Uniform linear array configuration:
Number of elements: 64
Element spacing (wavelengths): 0.75
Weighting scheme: hann
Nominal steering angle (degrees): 60
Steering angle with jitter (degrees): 58.117
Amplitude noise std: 0.05
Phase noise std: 0.05

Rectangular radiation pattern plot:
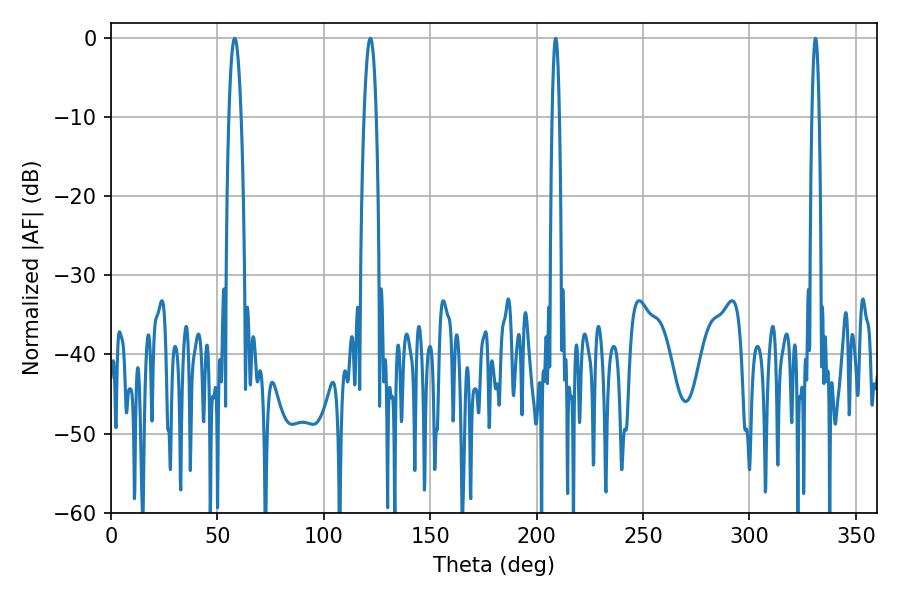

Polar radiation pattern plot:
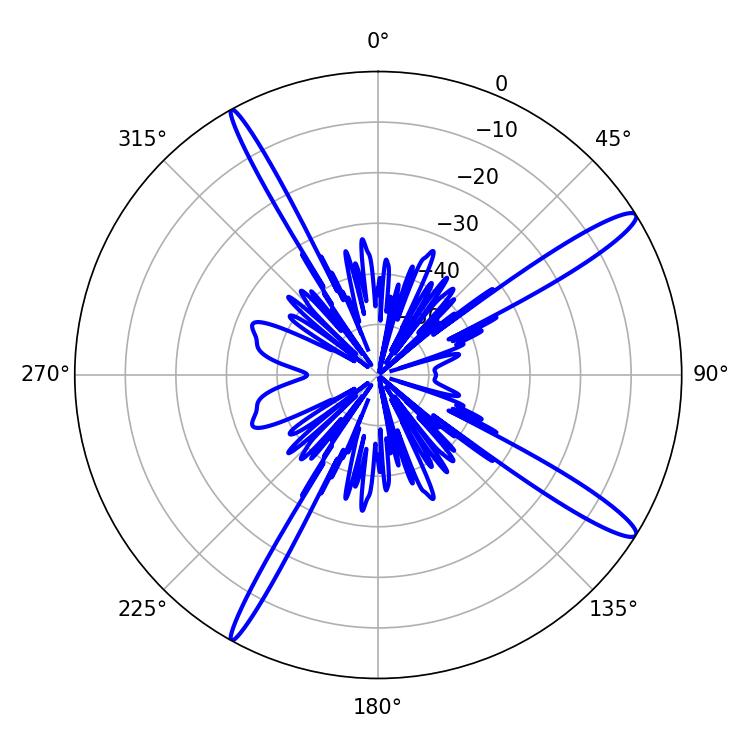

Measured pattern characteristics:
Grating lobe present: TRUE
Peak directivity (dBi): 14.75
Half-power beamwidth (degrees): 3.24
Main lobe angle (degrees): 58.14